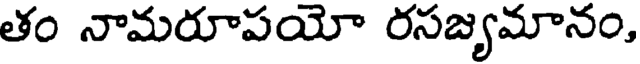
తం నామరూపయో రసజ్యమానం,